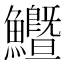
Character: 𩽙